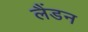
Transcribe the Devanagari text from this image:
लैंडन